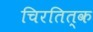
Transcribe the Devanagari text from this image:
चिरतित्क